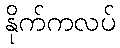
နိုက်ကလပ်